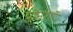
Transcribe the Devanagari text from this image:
पौनशॉप